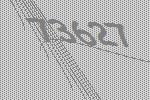
73627